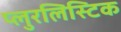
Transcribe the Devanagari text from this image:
प्लुरलिस्टिक